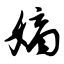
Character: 嫡